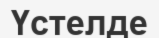
Үстелде